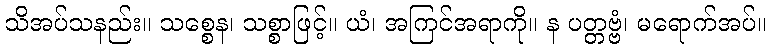
သိအပ်သနည်း။ သစ္စေန၊ သစ္စာဖြင့်။ ယံ၊ အကြင်အရာကို။ န ပတ္တဗ္ဗံ၊ မရောက်အပ်။